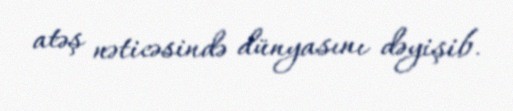
atəş nəticəsində dünyasını dəyişib.